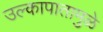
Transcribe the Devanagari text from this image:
उल्कापातामुळे